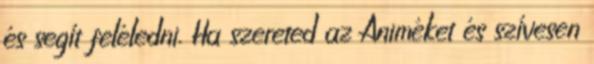
és segít feléledni. Ha szereted az Animéket és szívesen